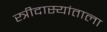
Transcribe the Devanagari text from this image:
स्त्रीदास्यांताला